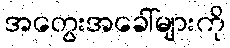
အတွေးအခေါ်များကို